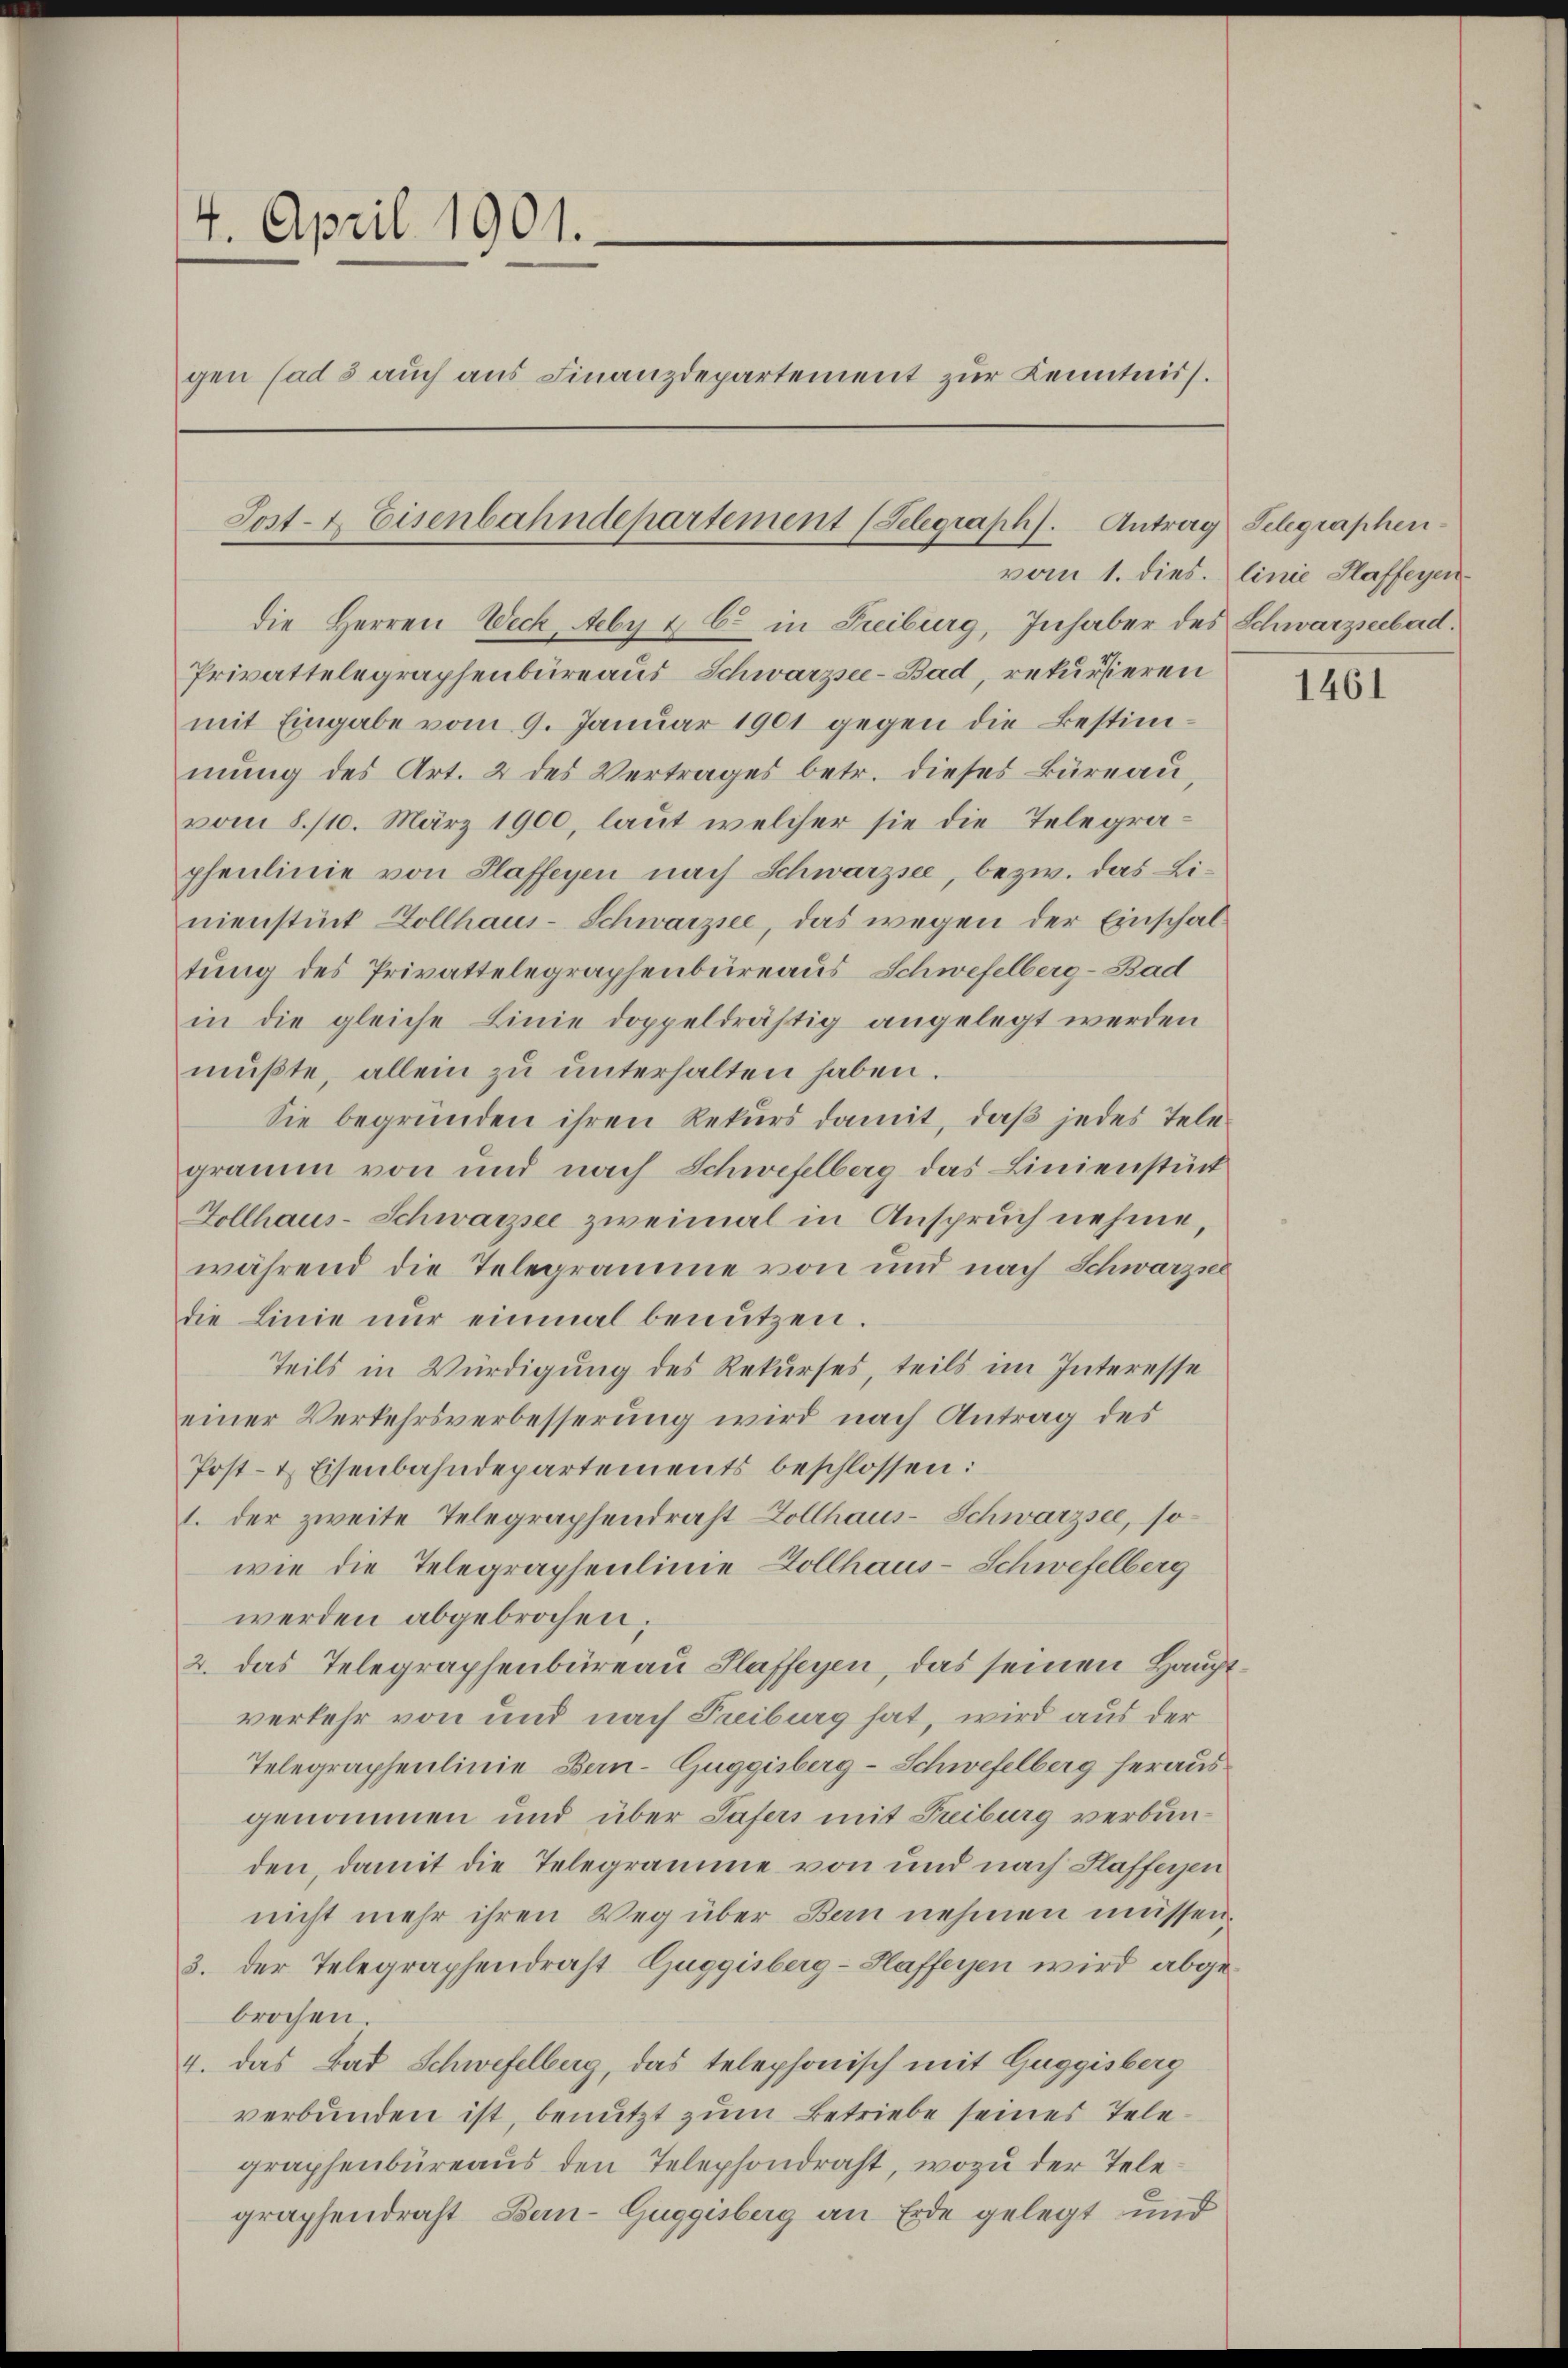
4. April 1901.
gen (ad 5 auch aus Finanzdepartement zur Kenntniss.

Sost- & Eisenbahndepartement (Selegraph). Antrag

die Herren Weck, Aeby & C in Freiburg, Inhaber des Schwarzseebad.
Privattelegraphenbüreaus Schwarzsee-Bad, rekursieren
mit Eingabe vom 9. Januar 1901 gegen die Bestimmŭng des Art. 2 des Vertrages betr. dieses Büreau,
vom 8./10. März 1900, laut welcher sie die Telegraphenlinie von Plaffeyen nach Schwarzsee, bezw. das Linienstück Dollhaus-Schwarzsee, das wegen der Einschaltung des Privattelegraphenbureaus Schwefelberg-Bad
in die gleiche Linie doppeldrästig angelegt werden
mŭβte, allein zu unterhalten haben.
Sie begründen ihren Rekurs damit, daß jedes Telegramm von und nach Schwefelberg das Linienstück
Dollhaus-Schwarzsee zweimal in Anspruch nehme,
während die Telegramme von und nach Schwarzser
die Linie nŭr einmal benützen.
Teils in Würdigung des Rekurses, teils im Interesse
einer Verkehrsverbesserung wird nach Antrag des
Post- & Eisenbahndepartements beschlossen:
1. der zweite Telegraphendrast Zollhaus-Schwarzsee, sowie die Telegraphenlinie Hollhaus-Schwefelberg
werden abgebrochen;
2. das Telegraphenbüreau Hlaffeyen, das seinen Hauptverkehr von und nach Treiburg hat, wird aus der
Telegraphenlinie Bern-Guggisberg-Schwefelberg heraus
genommen und über Safers mit Treiburg verbunden, damit die Telegramme von und nach Hafferen
nicht mehr ihren Weg über Bern nehmen müssen.
3. der Telegraphendrast Guggisberg-Hafferen wird abgebrochen
4. Das Bad Schwefelberg, das telephonisch mit Guggisberg
verbunden ist, benutzt zum Betriebe seines Telegraphenbüreaus den Telephondraht, wozu der Telegraphendrast Bern-Guggisberg an Erde gelegt und

Selegraphen-
vom 1. dies. linie Haffeyen.

1461